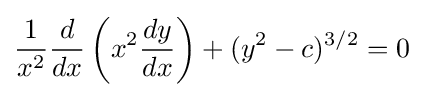
{\frac {1}{x^{2}}}{\frac {d}{dx}}\left(x^{2}{\frac {dy}{dx}}\right)+(y^{2}-c)^{3/2}=0